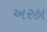
અરહા